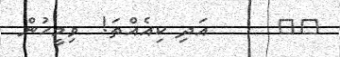
١٩      އަދި ކިއެއްތަ!  ވިމީހުން